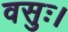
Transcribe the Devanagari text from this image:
वसुः।